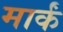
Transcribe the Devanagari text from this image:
मार्कं